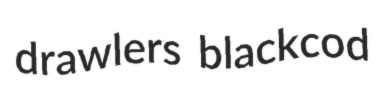
drawlers blackcod